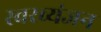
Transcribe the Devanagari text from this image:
स्वरव्यंजन